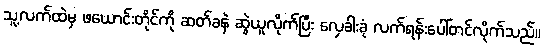
သူ့လက်ထဲမှ ဖယောင်းတိုင်ကို ဆတ်ခနဲ ဆွဲယူလိုက်ပြီး လှေခါးခုံ လက်ရန်းပေါ်တင်လိုက်သည်။